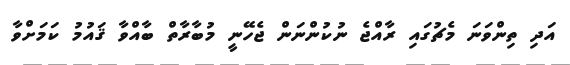
އަދި ތިންވަނަ މެޗުގައި ރާއްޖެ ނުކުންނަން ޖެހޭނީ މުބާރާތް ބާއްވާ ޤައުމު ކަމަށްވާ